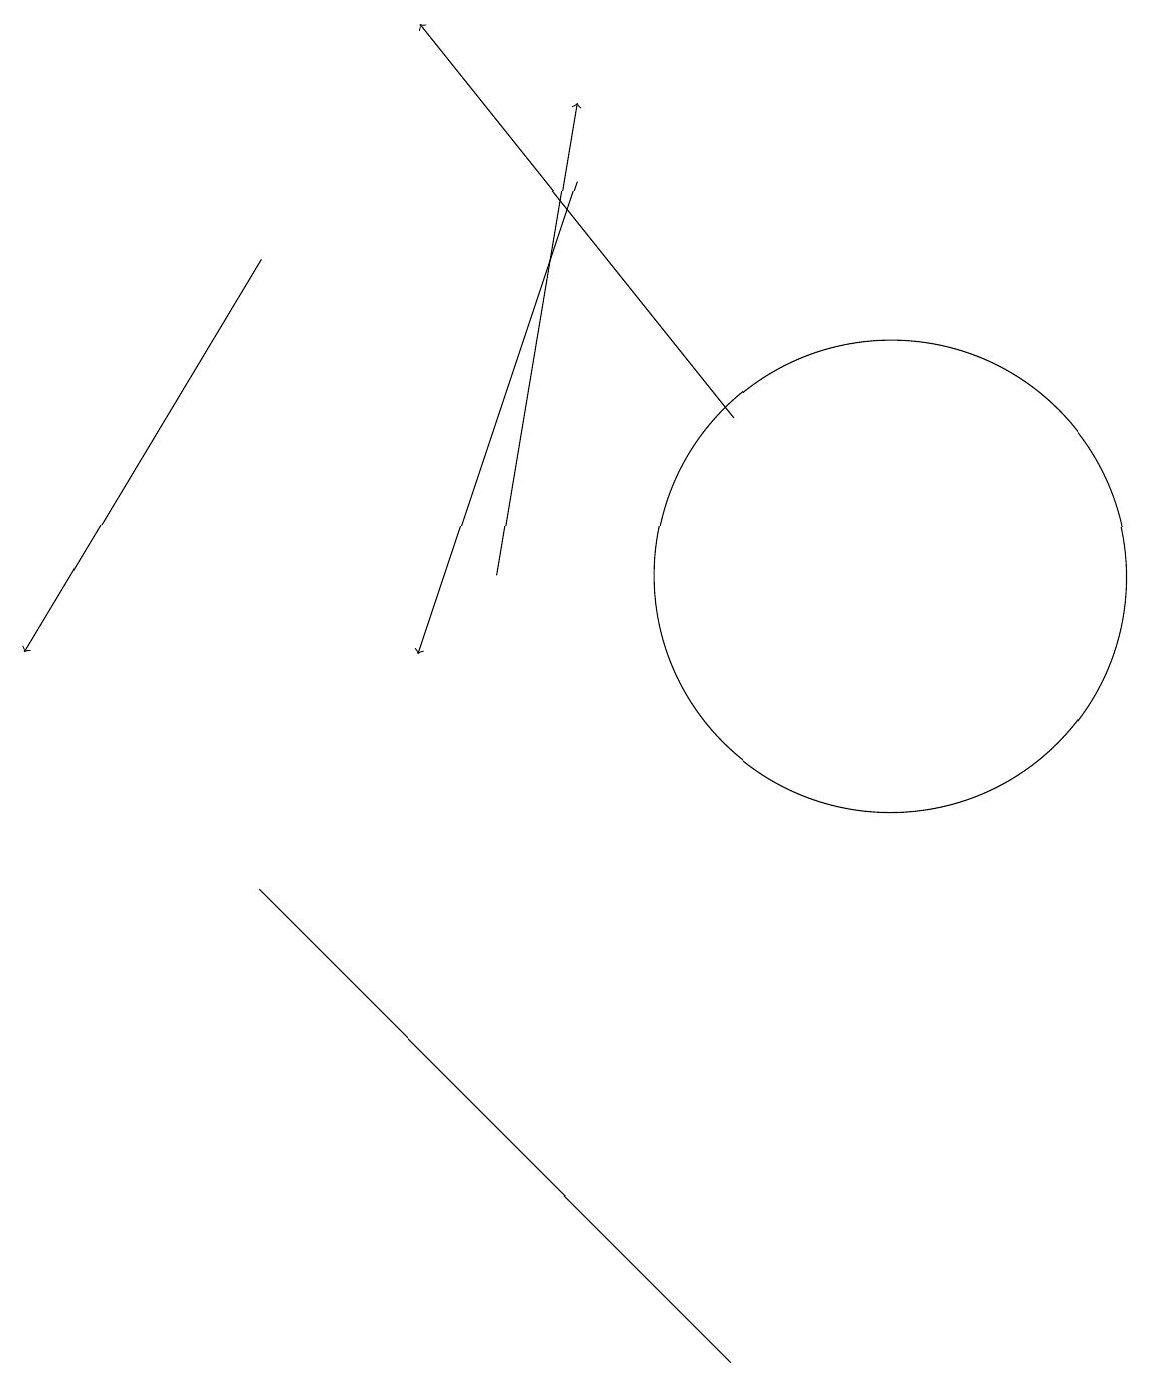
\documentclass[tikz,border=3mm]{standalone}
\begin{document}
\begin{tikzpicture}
\draw[->] (9,14) -- (5,19);
\draw (11,12) circle (3);
\draw[->] (7,17) -- (5,11);
\draw[->] (3,16) -- (0,11);
\draw (8,3) -- (3,8) -- (9,2) -- cycle;
\draw[->] (6,12) -- (7,18);
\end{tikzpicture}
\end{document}